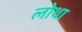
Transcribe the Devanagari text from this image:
लोथा